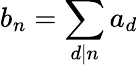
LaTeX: b_{n}=\sum_{d|n}a_{d}